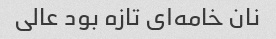
نان خامه‌ای تازه بود عالی